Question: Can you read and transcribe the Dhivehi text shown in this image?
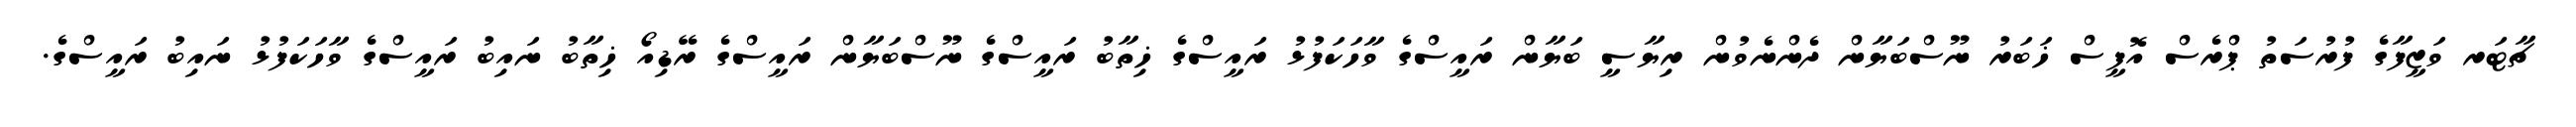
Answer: ޗާޓަރ ވަޒީފާގެ ފުރުސަތު ޕްރެސް އޮފީސް ޚަބަރު ނޫސްބަޔާން ދެންނެވުން ރިޔާސީ ބަޔާން ރައީސްގެ ވާހަކަފުޅު ރައީސްގެ ޚިތާބު ރައީސްގެ ނޫސްބަޔާން ރައީސްގެ ރޭޑިއޯ ޚިތާބު ނައިބު ރައީސްގެ ވާހަކަފުޅު ނައިބު ރައީސްގެ.